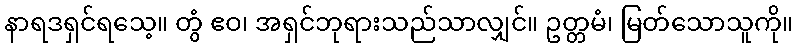
နာရဒရှင်ရသေ့။ တွံ ဧဝ၊ အရှင်ဘုရားသည်သာလျှင်။ ဥတ္တမံ၊ မြတ်သောသူကို။